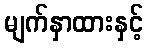
မျက်နှာထားနှင့်